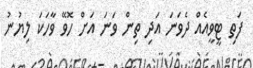
ފަތި ޓީވީއެއް ދެވަނަ އަދި ތިން ވަނަ އަށް ހޮވޭ ވާހަކަ ލިޔުނު